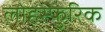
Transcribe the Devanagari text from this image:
लोहस्फुरिक